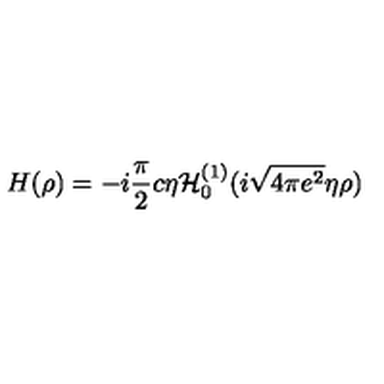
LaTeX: H ( \rho ) = - i \frac { \pi } { 2 } c \eta { \cal H } _ { 0 } ^ { ( 1 ) } ( i \sqrt { 4 \pi e ^ { 2 } } \eta \rho )